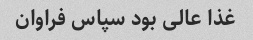
غذا عالی بود سپاس فراوان